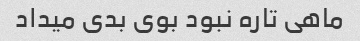
ماهی تاره نبود بوی بدی میداد